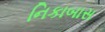
નિકાબાસ